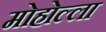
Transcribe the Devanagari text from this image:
मोहोल्ला